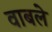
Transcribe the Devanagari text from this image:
वाबले